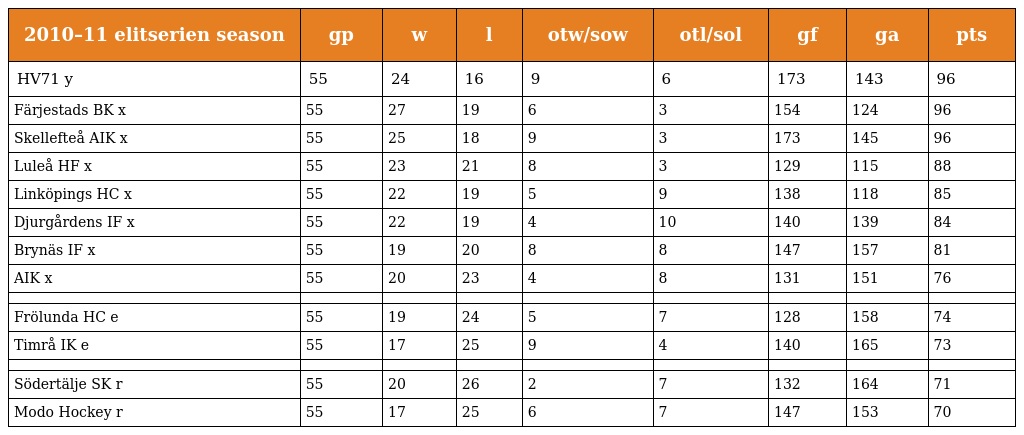
| 2010–11 elitserien season | gp | w | l | otw/sow | otl/sol | gf | ga | pts |
 | --- | --- | --- | --- | --- | --- | --- | --- | --- |
 | HV71 y | 55 | 24 | 16 | 9 | 6 | 173 | 143 | 96 |
 | Färjestads BK x | 55 | 27 | 19 | 6 | 3 | 154 | 124 | 96 |
 | Skellefteå AIK x | 55 | 25 | 18 | 9 | 3 | 173 | 145 | 96 |
 | Luleå HF x | 55 | 23 | 21 | 8 | 3 | 129 | 115 | 88 |
 | Linköpings HC x | 55 | 22 | 19 | 5 | 9 | 138 | 118 | 85 |
 | Djurgårdens IF x | 55 | 22 | 19 | 4 | 10 | 140 | 139 | 84 |
 | Brynäs IF x | 55 | 19 | 20 | 8 | 8 | 147 | 157 | 81 |
 | AIK x | 55 | 20 | 23 | 4 | 8 | 131 | 151 | 76 |
 |  |  |  |  |  |  |  |  |  |
 | Frölunda HC e | 55 | 19 | 24 | 5 | 7 | 128 | 158 | 74 |
 | Timrå IK e | 55 | 17 | 25 | 9 | 4 | 140 | 165 | 73 |
 |  |  |  |  |  |  |  |  |  |
 | Södertälje SK r | 55 | 20 | 26 | 2 | 7 | 132 | 164 | 71 |
 | Modo Hockey r | 55 | 17 | 25 | 6 | 7 | 147 | 153 | 70 |